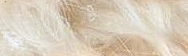
speed limit 60